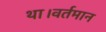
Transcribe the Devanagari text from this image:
था।वर्तमान